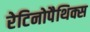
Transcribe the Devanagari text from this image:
रेटिनोपैथिक्स